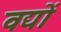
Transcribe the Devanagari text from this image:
वद्यों